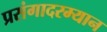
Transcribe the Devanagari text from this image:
प्रसंगादरम्यान